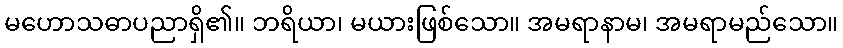
မဟောသဓာပညာရှိ၏။ ဘရိယာ၊ မယားဖြစ်သော။ အမရာနာမ၊ အမရာမည်သော။